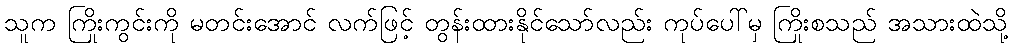
သူက ကြိုးကွင်းကို မတင်းအောင် လက်ဖြင့် တွန်းထားနိုင်သော်လည်း ကုပ်ပေါ်မှ ကြိုးစသည် အသားထဲသို့